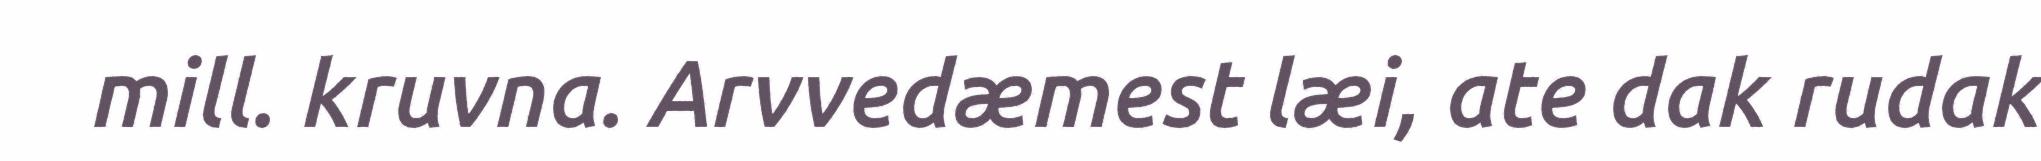
mill. kruvna. Arvvedæmest læi, ate dak rudak